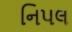
નિપલ